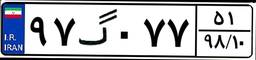
۲۱گ۵۳۹۱۸